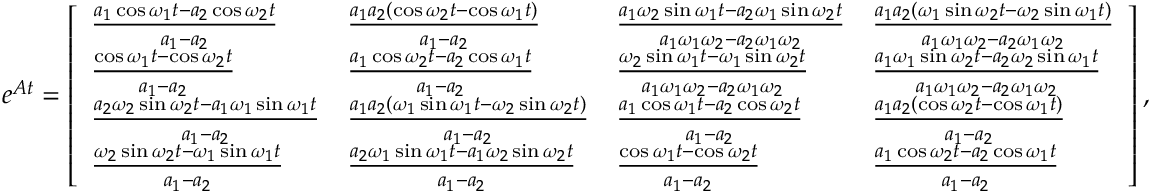
e ^ { \boldsymbol { A } t } = \left[ \begin{array} { l l l l } { \frac { a _ { 1 } \cos \omega _ { 1 } t - a _ { 2 } \cos \omega _ { 2 } t } { a _ { 1 } - a _ { 2 } } } & { \frac { a _ { 1 } a _ { 2 } ( \cos \omega _ { 2 } t - \cos \omega _ { 1 } t ) } { a _ { 1 } - a _ { 2 } } } & { \frac { a _ { 1 } \omega _ { 2 } \sin \omega _ { 1 } t - a _ { 2 } \omega _ { 1 } \sin \omega _ { 2 } t } { a _ { 1 } \omega _ { 1 } \omega _ { 2 } - a _ { 2 } \omega _ { 1 } \omega _ { 2 } } } & { \frac { a _ { 1 } a _ { 2 } ( \omega _ { 1 } \sin \omega _ { 2 } t - \omega _ { 2 } \sin \omega _ { 1 } t ) } { a _ { 1 } \omega _ { 1 } \omega _ { 2 } - a _ { 2 } \omega _ { 1 } \omega _ { 2 } } } \\ { \frac { \cos \omega _ { 1 } t - \cos \omega _ { 2 } t } { a _ { 1 } - a _ { 2 } } } & { \frac { a _ { 1 } \cos \omega _ { 2 } t - a _ { 2 } \cos \omega _ { 1 } t } { a _ { 1 } - a _ { 2 } } } & { \frac { \omega _ { 2 } \sin \omega _ { 1 } t - \omega _ { 1 } \sin \omega _ { 2 } t } { a _ { 1 } \omega _ { 1 } \omega _ { 2 } - a _ { 2 } \omega _ { 1 } \omega _ { 2 } } } & { \frac { a _ { 1 } \omega _ { 1 } \sin \omega _ { 2 } t - a _ { 2 } \omega _ { 2 } \sin \omega _ { 1 } t } { a _ { 1 } \omega _ { 1 } \omega _ { 2 } - a _ { 2 } \omega _ { 1 } \omega _ { 2 } } } \\ { \frac { a _ { 2 } \omega _ { 2 } \sin \omega _ { 2 } t - a _ { 1 } \omega _ { 1 } \sin \omega _ { 1 } t } { a _ { 1 } - a _ { 2 } } } & { \frac { a _ { 1 } a _ { 2 } ( \omega _ { 1 } \sin \omega _ { 1 } t - \omega _ { 2 } \sin \omega _ { 2 } t ) } { a _ { 1 } - a _ { 2 } } } & { \frac { a _ { 1 } \cos \omega _ { 1 } t - a _ { 2 } \cos \omega _ { 2 } t } { a _ { 1 } - a _ { 2 } } } & { \frac { a _ { 1 } a _ { 2 } ( \cos \omega _ { 2 } t - \cos \omega _ { 1 } t ) } { a _ { 1 } - a _ { 2 } } } \\ { \frac { \omega _ { 2 } \sin \omega _ { 2 } t - \omega _ { 1 } \sin \omega _ { 1 } t } { a _ { 1 } - a _ { 2 } } } & { \frac { a _ { 2 } \omega _ { 1 } \sin \omega _ { 1 } t - a _ { 1 } \omega _ { 2 } \sin \omega _ { 2 } t } { a _ { 1 } - a _ { 2 } } } & { \frac { \cos \omega _ { 1 } t - \cos \omega _ { 2 } t } { a _ { 1 } - a _ { 2 } } } & { \frac { a _ { 1 } \cos \omega _ { 2 } t - a _ { 2 } \cos \omega _ { 1 } t } { a _ { 1 } - a _ { 2 } } } \end{array} \right] ,